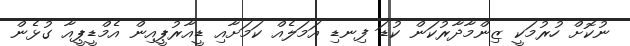
ނުކޮށް ހުރުމަކީ ޒިންމާދާރުކަން ކުޑަ ފިނޑި އަމަލެއް ކަމަށާއި ޑީއާރުޕީއިން އެމްޑީޕީއާ ގުޅެން